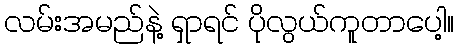
လမ်းအမည်နဲ့ ရှာရင် ပိုလွယ်ကူတာပေါ့။